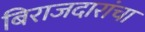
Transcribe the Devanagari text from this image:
बिराजदारांचा